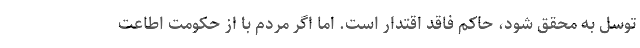
توسل به محقق شود، حاکم فاقد اقتدار است. اما اگر مردم با از حکومت اطاعت